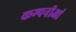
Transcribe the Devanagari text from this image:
कम्पनीआं